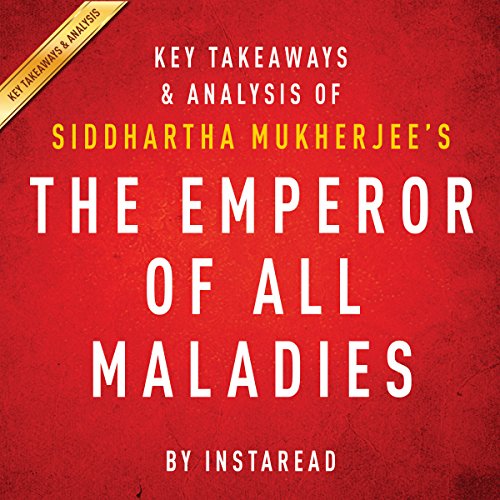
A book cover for The Emperor of All Maladies by Siddhartha Mukherjee - Key Takeaways & Analysis: A Biography of Cancer;  Instaread; Medical Books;